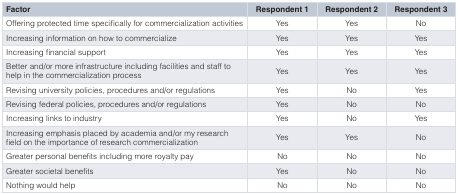
<table><thead><tr><td><b>Factor</b></td><td><b>Respondent 1</b></td><td><b>Respondent 2</b></td><td><b>Respondent 3</b></td></tr></thead><tbody><tr><td>Offering protected time specifically for commercialization activities</td><td>Yes</td><td>Yes</td><td>No</td></tr><tr><td>Increasing information on how to commercialize</td><td>Yes</td><td>Yes</td><td>Yes</td></tr><tr><td>Increasing financial support</td><td>Yes</td><td>Yes</td><td>Yes</td></tr><tr><td>Better and/or more infrastructure including facilities and staff tohelp in the commercialization process</td><td>Yes</td><td>Yes</td><td>Yes</td></tr><tr><td>Revising university policies, procedures and/or regulations</td><td>Yes</td><td>No</td><td>Yes</td></tr><tr><td>Revising federal policies, procedures and/or regulations</td><td>Yes</td><td>No</td><td>No</td></tr><tr><td>Increasing links to industry</td><td>Yes</td><td>No</td><td>Yes</td></tr><tr><td>Increasing emphasis placed by academia and/or my researchfield on the importance of research commercialization</td><td>Yes</td><td>Yes</td><td>No</td></tr><tr><td>Greater personal benefits including more royalty pay</td><td>No</td><td>No</td><td>No</td></tr><tr><td>Greater societal benefits</td><td>Yes</td><td>No</td><td>No</td></tr><tr><td>Nothing would help</td><td>No</td><td>No</td><td>No</td></tr></tbody></table>